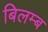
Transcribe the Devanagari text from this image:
बिलम्‍ब